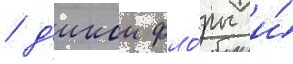
/ д'икои фло́ры и́